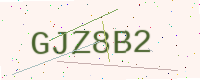
Text: GJZ8B2